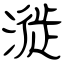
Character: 漇